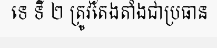
ទេ ទី ២ ត្រូវតែងតាំងជាប្រធាន